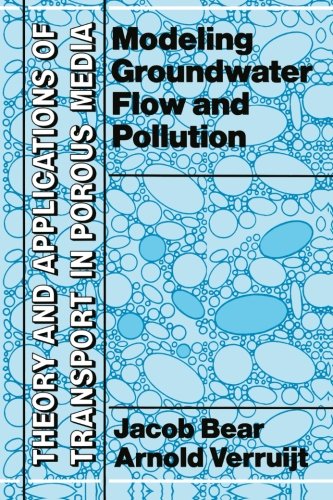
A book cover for Modeling Groundwater Flow and Pollution (Theory and Applications of Transport in Porous Media); Jacob Bear; Science & Math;